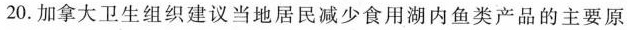
20.加拿大卫生组织建议当地居民减少食用湖内鱼类产品的主要原